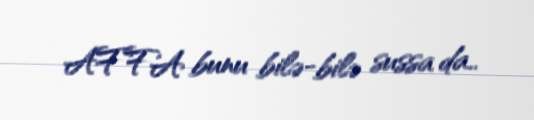
AFFA bunu bilə-bilə sussa da..